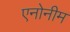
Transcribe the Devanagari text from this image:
एनोनीम